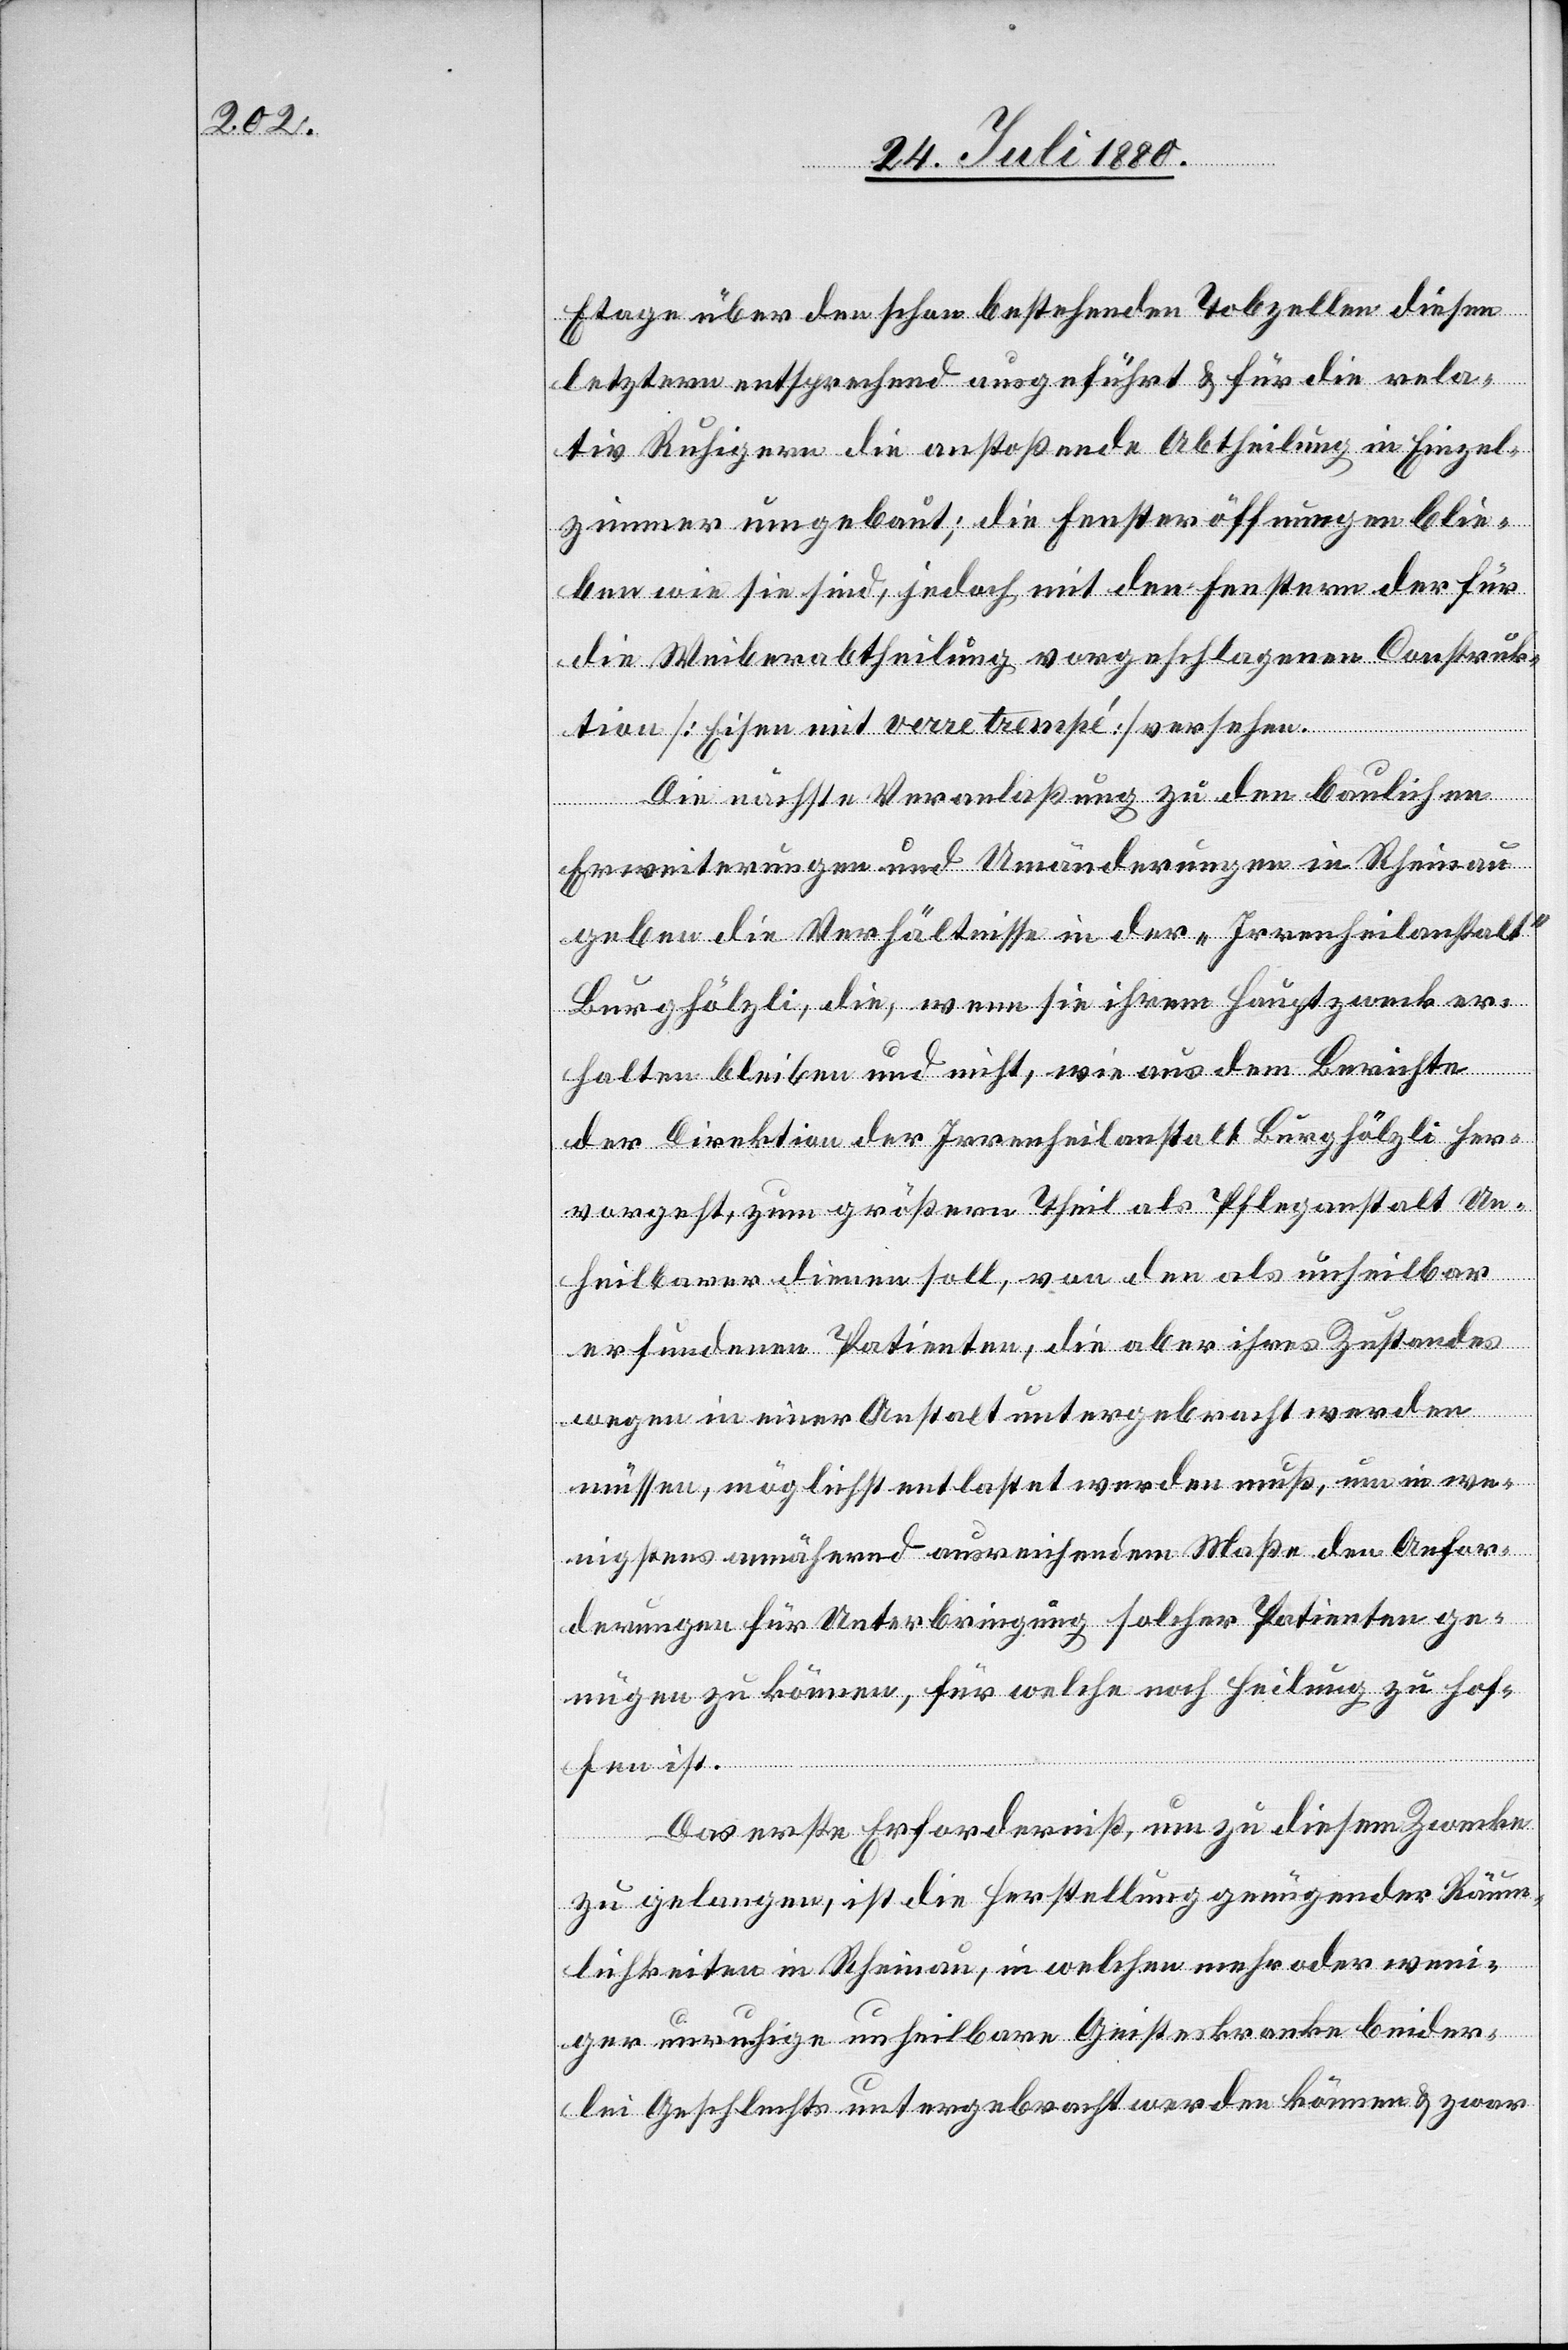
Etage über den schon bestehenden Tobzellen diesen
letztern entsprechend ausgeführt & für die rela¬
tiv Ruhigern die anstoßende Abtheilung in Einzel¬
zimmer umgebaut; die Fensteröffnungen blie¬
ben wie sie sind, jedoch mit den Fenstern der für
die Weiberabtheilung vorgeschlagenen Construk¬
tion [Eisen mit verre trempé] versehen.
Die nächste Veranlaßung zu den baulichen
Erweiterungen und Umänderungen in Rheinau
geben die Verhältnisse in der „Irrenheilanstalt“
Burghölzli, die, wenn sie ihrem Hauptzweck er¬
halten bleiben und nicht, wie aus dem Berichte
der Direktion der Irrenheilanstalt Burghölzli her¬
vorgeht, zum größern Theil als Pfleganstalt Un¬
heilbarer dienen soll, von den als unheilbar
erfundenen Patienten, die aber ihres Zustandes
wegen in einer Anstalt untergebracht werden
müssen, möglichst entlastet werden muß, um in we¬
nigstens annähernd ausreichendem Maße den Anfor¬
derungen für Unterbringung solcher Patienten ge¬
nügen zu können, für welche noch Heilung zu hof¬
fen ist.
Das erste Erforderniß, um zu diesem Zwecke
zu gelangen, ist die Herstellung genügender Räum¬
lichkeiten in Rheinau, in welche mehr oder weni¬
ger unruhige unheilbare Geisteskranke beider¬
lei Geschlechts untergebracht werden können & zwar